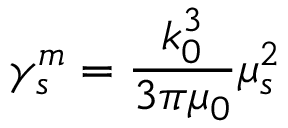
\gamma _ { s } ^ { m } = \frac { k _ { 0 } ^ { 3 } } { 3 \pi \mu _ { 0 } } \mu _ { s } ^ { 2 }